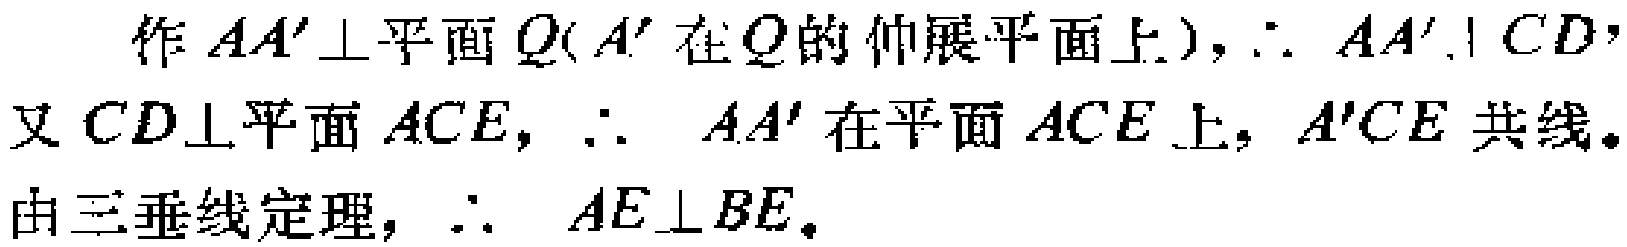
作 \(AA'\perp\)平面\(Q(A'\)在\(Q\)的伸展平面上\()\)，\(\therefore AA'\perp CD\)，
又\(CD\perp\)平面\(ACE\)，\(\therefore AA'\)在平面\(ACE\)上，\(A'CE\)共线。
由三垂线定理，\(\therefore AE\perp BE\)。